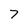
Character: 7